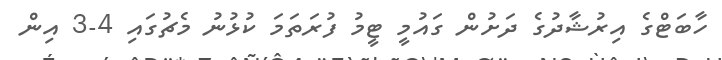
ހާބަޓްގެ އިރުޝާދުގެ ދަށުން ގައުމީ ޓީމު ފުރަތަމަ ކުޅުނު މެޗުގައި 4-3 އިން